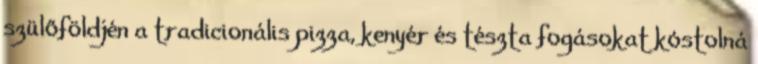
szülőföldjén a tradicionális pizza, kenyér és tészta fogásokat kóstolná